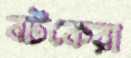
বটকেরা